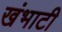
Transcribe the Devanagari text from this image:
खंभाटी